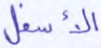
الأسفل